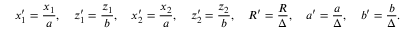
x _ { 1 } ^ { \prime } = \frac { x _ { 1 } } { a } , \quad z _ { 1 } ^ { \prime } = \frac { z _ { 1 } } { b } , \quad x _ { 2 } ^ { \prime } = \frac { x _ { 2 } } { a } , \quad z _ { 2 } ^ { \prime } = \frac { z _ { 2 } } { b } , \quad R ^ { \prime } = \frac { R } { \Delta } , \quad a ^ { \prime } = \frac { a } { \Delta } , \quad b ^ { \prime } = \frac { b } { \Delta } .